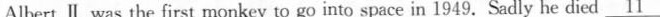
Albert II was the first monkey to go into space in 1949.Sadly he died